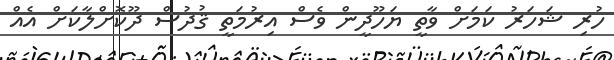
ހުރި ޝަހަރު ކަމަށް ވާތީ ޔަހޫދީން ވެސް އިރުމަތީ ޤުދުސް ދޫކޮށްލާކަށް އެއް